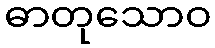
ဓာတုသောဝ